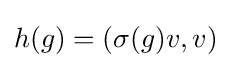
h(g)=(\sigma (g)v,v)